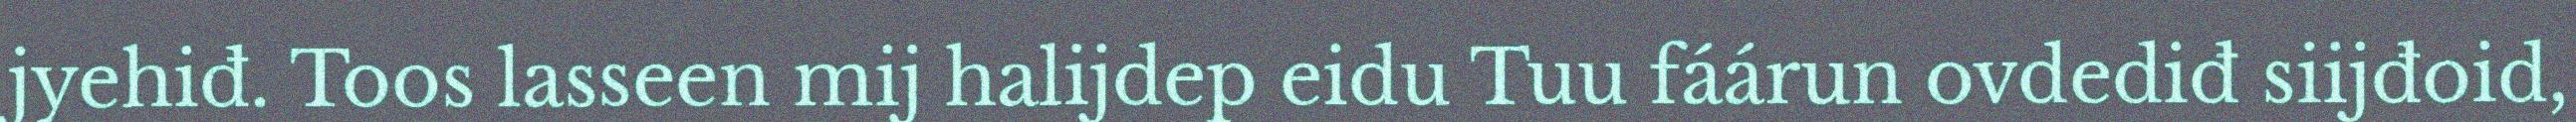
jyehiđ. Toos lasseen mij halijdep eidu Tuu fáárun ovdediđ siijđoid,